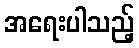
အရေးပါသည့်